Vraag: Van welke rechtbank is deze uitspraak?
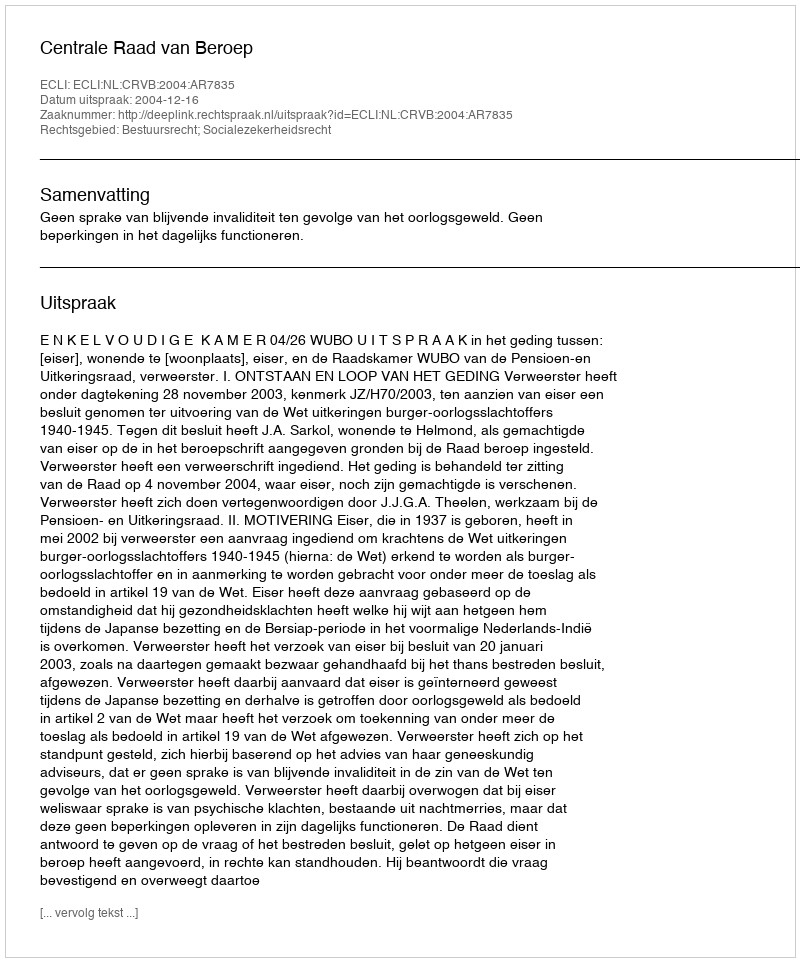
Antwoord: Centrale Raad van Beroep